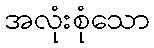
အလုံးစုံသော